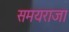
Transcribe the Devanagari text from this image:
समयराजा